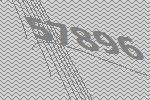
57896